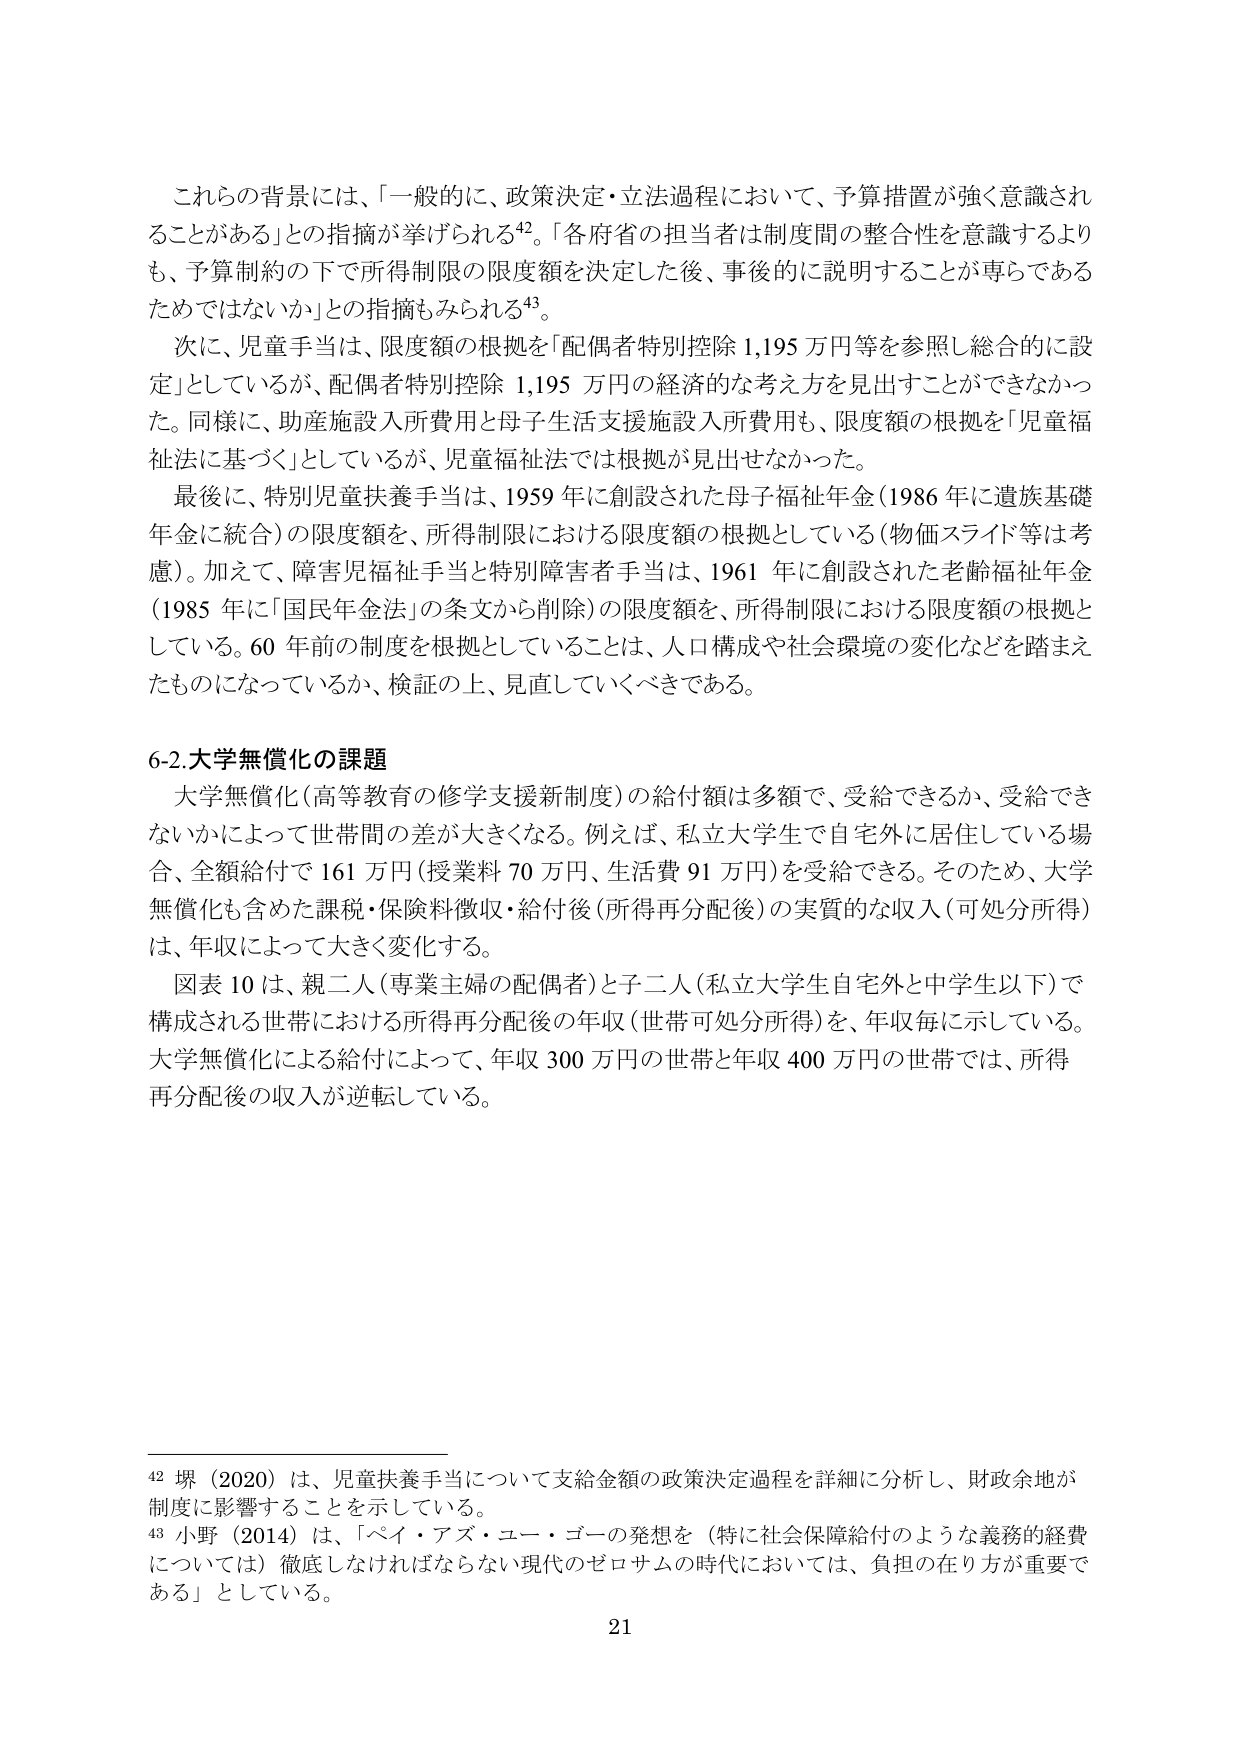
これらの背景には、「一般的に、政策決定・立法過程において、予算措置が強く意識されることがある」との指摘が挙げられる⁴²。「各府省の担当者は制度間の整合性を意識するよりも、予算制約の下で所得制限の限度額を決定した後、事後的に説明することが専らであるためではないか」との指摘もみられる⁴³。

次に、児童手当は、限度額の根拠を「配偶者特別控除 1,195 万円等を参照し総合的に設定」としているが、配偶者特別控除 1,195 万円の経済的な考え方を見出すことができなかった。同様に、助産施設入所費用と母子生活支援施設入所費用も、限度額の根拠を「児童福祉法に基づく」としているが、児童福祉法では根拠が見出せなかった。

最後に、特別児童扶養手当は、1959 年に創設された母子福祉年金（1986 年に遺族基礎年金に統合）の限度額を、所得制限における限度額の根拠としている（物価スライド等は考慮）。加えて、障害児福祉手当と特別障害者手当は、1961 年に創設された老齢福祉年金（1985 年に「国民年金法」の条文から削除）の限度額を、所得制限における限度額の根拠としている。60 年前の制度を根拠としていることは、人口構成や社会環境の変化などを踏まえたものになっているか、検証の上、見直していくべきである。

6-2.大学無償化の課題

大学無償化（高等教育の修学支援新制度）の給付額は多額で、受給できるか、受給できないかによって世帯間の差が大きくなる。例えば、私立大学生で自宅外に居住している場合、全額給付で 161 万円（授業料 70 万円、生活費 91 万円）を受給できる。そのため、大学無償化も含めた課税・保険料徴収・給付後（所得再分配後）の実質的な収入（可処分所得）は、年収によって大きく変化する。

図表 10 は、親二人（専業主婦の配偶者）と子二人（私立大学生自宅外と中学生以下）で構成される世帯における所得再分配後の年収（世帯可処分所得）を、年収毎に示している。大学無償化による給付によって、年収 300 万円の世帯と年収 400 万円の世帯では、所得再分配後の収入が逆転している。

⁴² 堺（2020）は、児童扶養手当について支給金額の政策決定過程を詳細に分析し、財政余地が制度に影響することを示している。

⁴³ 小野（2014）は、「ペイ・アズ・ユー・ゴーの発想を（特に社会保障給付のような義務的経費については）徹底しなければならない現代のゼロサムの時代においては、負担の在り方が重要である」としている。

21